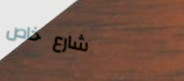
شارع خاص